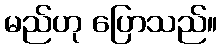
မည်ဟု ပြောသည်။